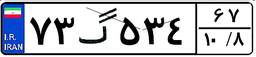
۹۳گ۶۰۴۹۶